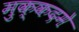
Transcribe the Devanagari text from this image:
मुक्कदमे